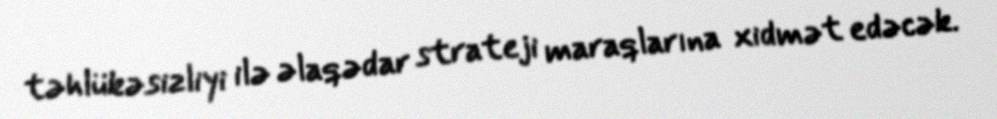
təhlükəsizliyi ilə əlaqədar strateji maraqlarına xidmət edəcək.